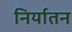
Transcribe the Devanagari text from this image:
निर्यातन